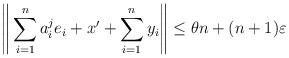
LaTeX: \begin{align*} \Bigg\|\sum_{i=1}^{n} a^j_i e_i + x' + \sum_{i=1}^{n} y_i\Bigg\|\leq \theta n+({n}+1)\varepsilon \end{align*}